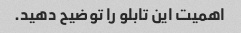
اهمیت این تابلو را توضیح دهید.